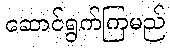
ဆောင်ရွက်ကြမည်